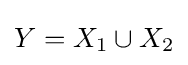
Y=X_{1}\cup X_{2}